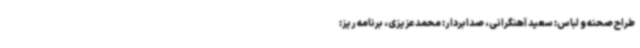
طراح صحنه و لباس: سعید آهنگرانی، صدابردار: محمد عزیزی، برنامه ریز: